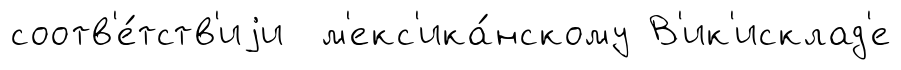
соотв'е́тств'иjи м'екс'ика́нскому В'ик'исклад'е